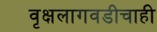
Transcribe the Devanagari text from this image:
वृक्षलागवडीचाही